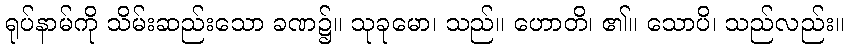
ရုပ်နာမ်ကို သိမ်းဆည်းသော ခဏ၌။ သုခုမော၊ သည်။ ဟောတိ၊ ၏။ သောပိ၊ သည်လည်း။